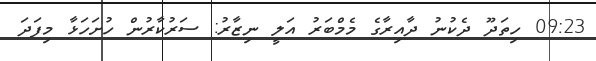
09:23 ހިތަދޫ ދެކުނު ދާއިރާގެ މެމްބަރު އަލީ ނިޒާރު: ސަރުކާރުން ހުށަހަޅާ މިފަދަ